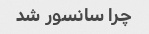
چرا سانسور شد